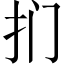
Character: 扪